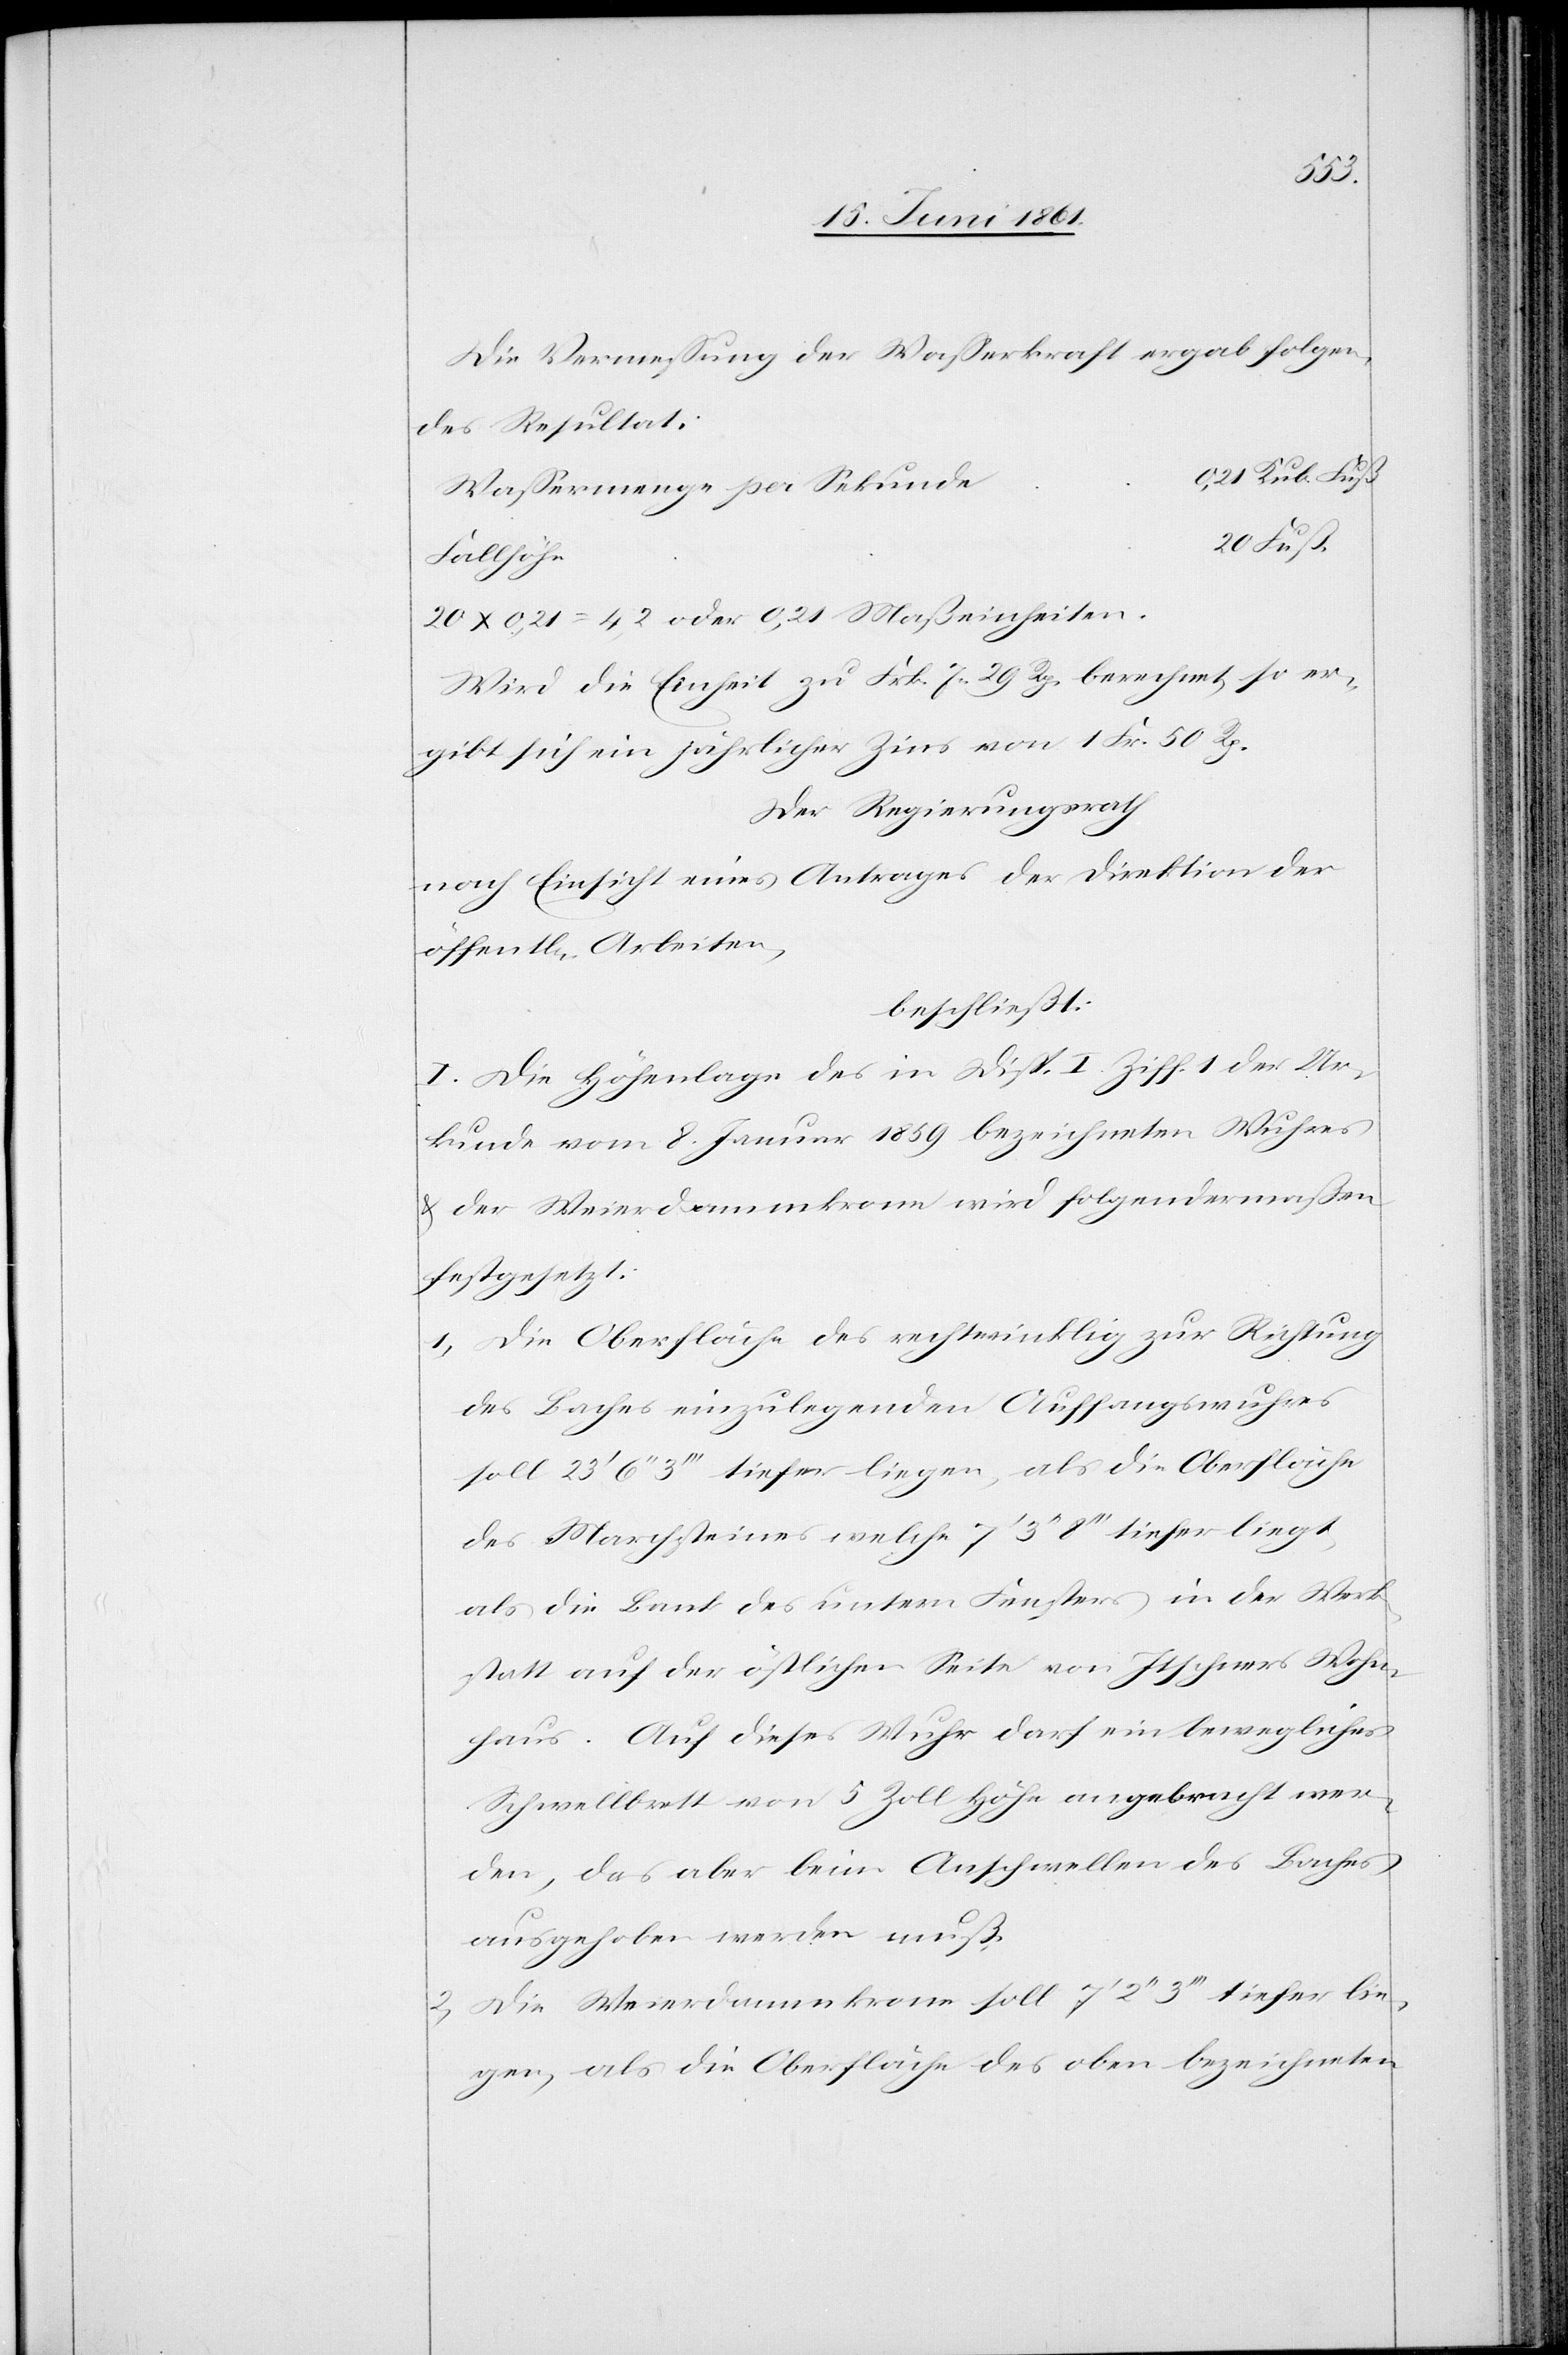
Die Vermessung der Wasserkraft ergab folgen¬
des Resultat:
e	0,21 Kub. Fuß
Wassermenge per Sekund¬
20 x 0,21 = 4,2 oder 0,21 Maßeinheiten.
Wird die Einheit zu Frk. 7 29 Rp. berechnet, so er¬
gibt sich ein jährlicher Zins von 1 Fr. 50 Rp.
Der Regierungsrath
nach Einsicht eines Antrages der Direktion der
öffent[lichen] Arbeiten,
beschließt:
I. Die Höhenlage des in Disp. I Ziff. I der Ur¬
kunde vom 8. Januar 1859 bezeichneten Wuhres
u. der Weierdammkrone wird folgendermaßen
festgesetzt.
1. Die Oberfläche des rechtwinklig zur Richtung
des Baches einzulegenden Auffangswuhres
soll 23’ 6’’ 3’’’ tiefer liegen, als die Oberfläche
des Marchsteines welche 7’ 3’’ 8’’’ tiefer liegt,
als die Bank des untern Fensters in der Werk¬
statt auf der östlichen Seite von Itschners Wohn¬
haus. Auf dieses Wuhr darf ein bewegliches
Schwellbrett von 5 Zoll Höhe angebracht wer¬
den, das aber beim Anschwellen des Baches
ausgehoben werden muß.
2. Die Weierdammkrone soll 7’ 2’’ 3’’’ tiefer lie¬
gen, als die Oberfläche des oben bezeichneten